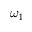
\omega _ { 1 }